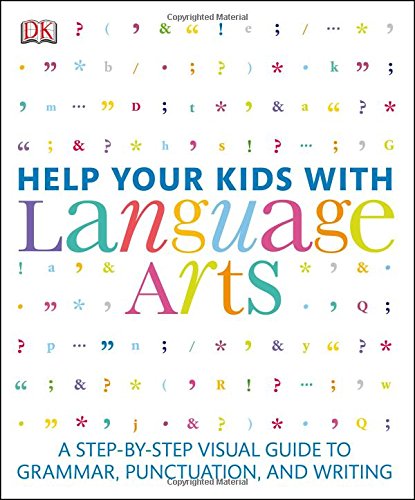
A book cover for Help Your Kids with Language Arts; DK Publishing; Parenting & Relationships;